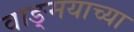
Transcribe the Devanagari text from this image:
वाङ्‍मयाच्या